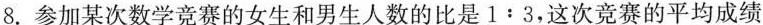
8.参加某次数学竞赛的女生和男生人数的比是$$1:3$$，这次竞赛的平均成绩